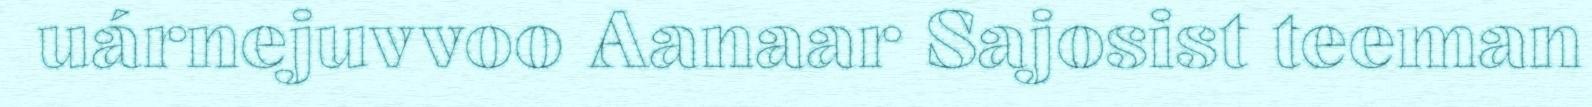
uárnejuvvoo Aanaar Sajosist teeman